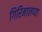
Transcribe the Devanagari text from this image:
गिरिमालप्या